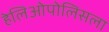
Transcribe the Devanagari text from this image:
हेलिओपोलिसला